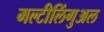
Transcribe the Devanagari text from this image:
मल्टीलिंगुअल